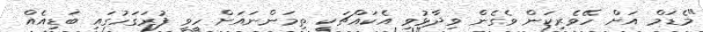
"މެޑަމް އަށް ހޭވެރިކަން ވެގެން ވިދާޅުވި އެކައްޗަކީ ތިމަންނައަށް ހީވީ ފުރަގަހުގައި ބަޑިއެއް